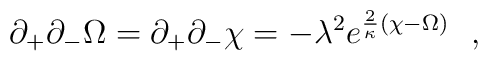
\partial_+\partial_-\Omega=\partial_+\partial_-\chi=-\lambda^2 e^{{2\over \kappa}(\chi-\Omega)}\ \ ,